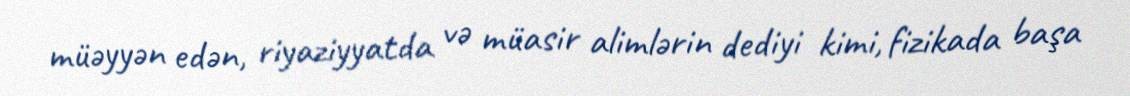
müəyyən edən, riyaziyyatda və müasir alimlərin dediyi kimi, fizikada başa